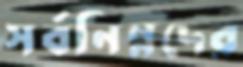
সর্বনিম্নদের